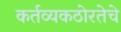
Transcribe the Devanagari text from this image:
कर्तव्यकठोरतेचे